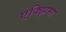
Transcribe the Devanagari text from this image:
एक्झिमा